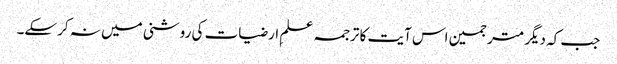
جب کہ دیگر مترجمین اس آیت کا ترجمہ علمِ ارضیات کی روشنی میں نہ کرسکے۔